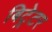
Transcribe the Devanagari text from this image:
बिट्रेटर